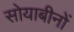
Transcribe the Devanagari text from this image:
सोयाबीनों